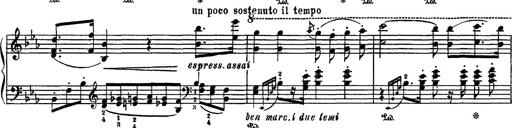
Title: Fantaisie sur des motifs favoris de l'opÃ©ra 'La sonnambula'
Composer: Franz Liszt